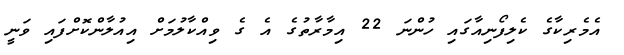
އެމެރިކާގެ ކެލިފޯނިއާގައި ހުންނަ 22 އިމާރާތުގެ އެ ގެ ވިއްކާލުމަށް އިއުލާންކޮށްފައި ވަނީ